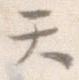
て